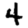
Digit: 4